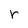
Character: r